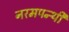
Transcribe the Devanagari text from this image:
नरमपन्थी